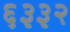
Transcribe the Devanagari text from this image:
६३३२